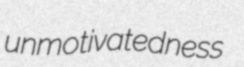
unmotivatedness